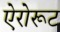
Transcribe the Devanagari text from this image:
ऐरोरूट